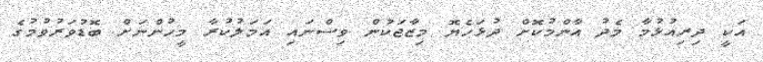
އަކީ ދިރިއުޅުމާ މެދު އާންމުކޮށް ދުޅަހެޔޮ މިޒާޖަކުން ވިސްނައި އަމަލުކުރާ މީހުންނަށް ބޮޑުވަރުވުމުގެ